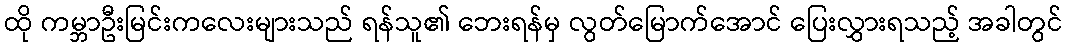
ထို ကမ္ဘာဦးမြင်းကလေးများသည် ရန်သူ၏ ဘေးရန်မှ လွတ်မြောက်အောင် ပြေးလွှားရသည့် အခါတွင်